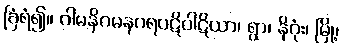
ခြံရံ၍။ ဂါမနိဂမနဂရပဋိပါဋိယာ၊ ရွာ၊ နိဂုံး၊ မြို့၊